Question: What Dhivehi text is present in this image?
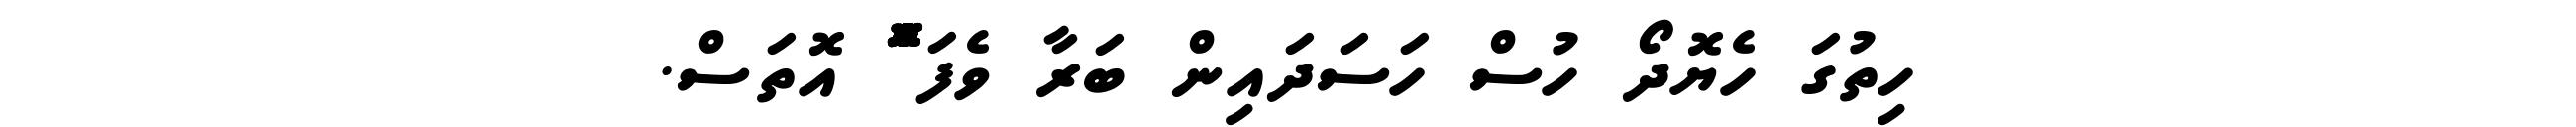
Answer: ހިތުގަ ހެޔޮދޯ ހުސް ހަސަދައިން ބަރާ ވެފަ ްްްްްްްްޮްްްްްްްްްްްްްްްްޮްްްްްްްްްްްްްްްްޮްްްްްްްްްްްްްްްްޮްްްް އޮތަސް.